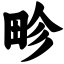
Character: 畛